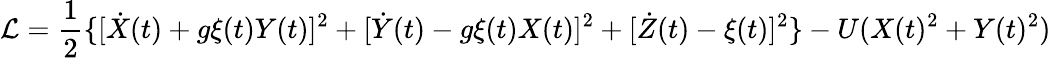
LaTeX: {\cal L}=\frac{1}{2}\{ [\dot{X}(t)+g\xi(t)Y(t)]^{2}+[\dot{Y}(t)-g\xi(t)X(t)]^{2}+[\dot{Z}(t)-\xi(t)]^{2}\} -U(X(t)^{2}+Y(t)^{2})